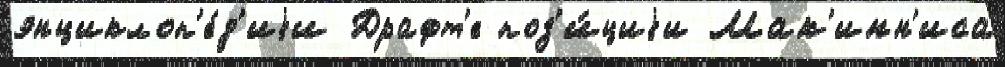
энциклоп'е́д'иjи Драфт'е поз'и́циjи Мак'инн'иса